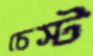
চেস্ট